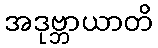
အဒုဗ္ဘာယာတိ